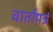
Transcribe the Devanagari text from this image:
वार्तापत्रं